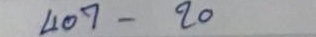
407 - 20